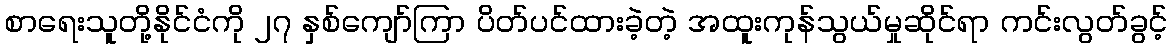
စာရေးသူတို့နိုင်ငံကို ၂၇ နှစ်ကျော်ကြာ ပိတ်ပင်ထားခဲ့တဲ့ အထူးကုန်သွယ်မှုဆိုင်ရာ ကင်းလွတ်ခွင့်